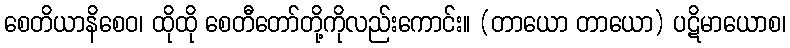
စေတိယာနိစေဝ၊ ထိုထို စေတီတော်တို့ကိုလည်းကောင်း။ (တာယော တာယော) ပဋိမာယောစ၊